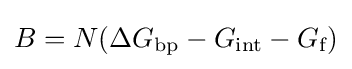
B=N(\Delta G_{\text{bp}}-G_{\text{int}}-G_{\text{f}})